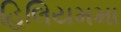
હિલિયમમા